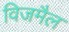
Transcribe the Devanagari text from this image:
विजमैल